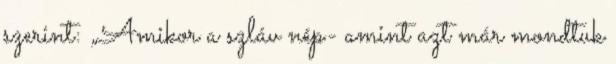
szerint: „Amikor a szláv nép- amint azt már mondtuk